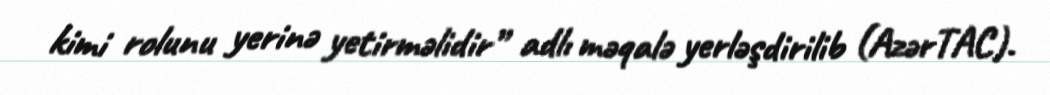
kimi rolunu yerinə yetirməlidir” adlı məqalə yerləşdirilib (AzərTAC).